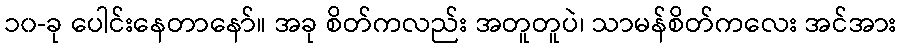
၁၀-ခု ပေါင်းနေတာနော်။ အခု စိတ်ကလည်း အတူတူပဲ၊ သာမန်စိတ်ကလေး အင်အား